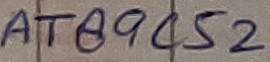
Text: AT89C52